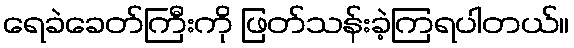
ရေခဲခေတ်ကြီးကို ဖြတ်သန်းခဲ့ကြရပါတယ်။